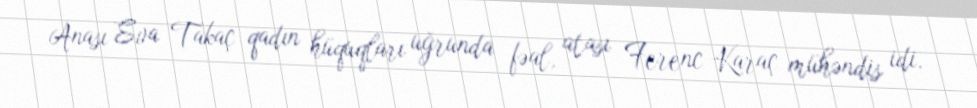
Anası Eva Takaç qadın hüquqları uğrunda fəal, atası Ferenc Karaç mühəndis idi.